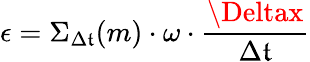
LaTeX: \epsilon=\Sigma_{\Delta\mathfrak{t}}(m)\cdot\omega\cdot\frac{{\Deltax}}{{\Delta\mathfrak{t}}}